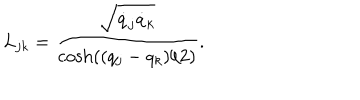
L _ { j k } = \frac { \sqrt { \dot { q } _ { j } \dot { q } _ { k } } } { \cosh ( ( q _ { j } - q _ { k } ) / 2 ) } .